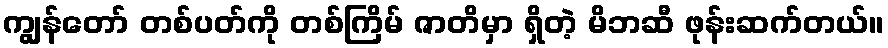
ကျွန်တော် တစ်ပတ်ကို တစ်ကြိမ် ဇာတိမှာ ရှိတဲ့ မိဘဆီ ဖုန်းဆက်တယ်။